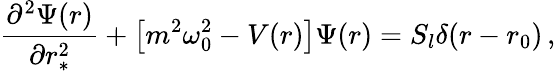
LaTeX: \frac{\partial^{2}\Psi(r)}{\partial r_{*}^{2}}+\left\lbrack m^{2}\omega_{0}^{2}-V(r)\right\rbrack\Psi(r)=S_{l}\delta(r-r_{0})\, ,